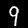
Label: 9